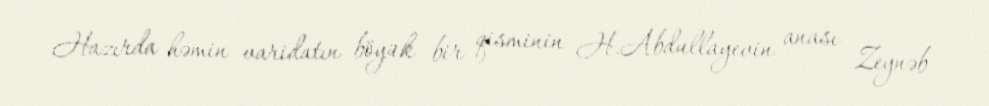
Hazırda həmin varidatın böyük bir qisminin H.Abdullayevin anası Zeynəb